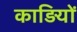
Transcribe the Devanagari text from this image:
काड़ियों